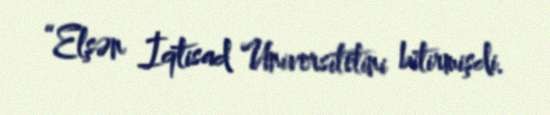
“Elşən İqtisad Universitetini bitirmişdi.